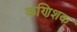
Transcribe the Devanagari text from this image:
कणिशक